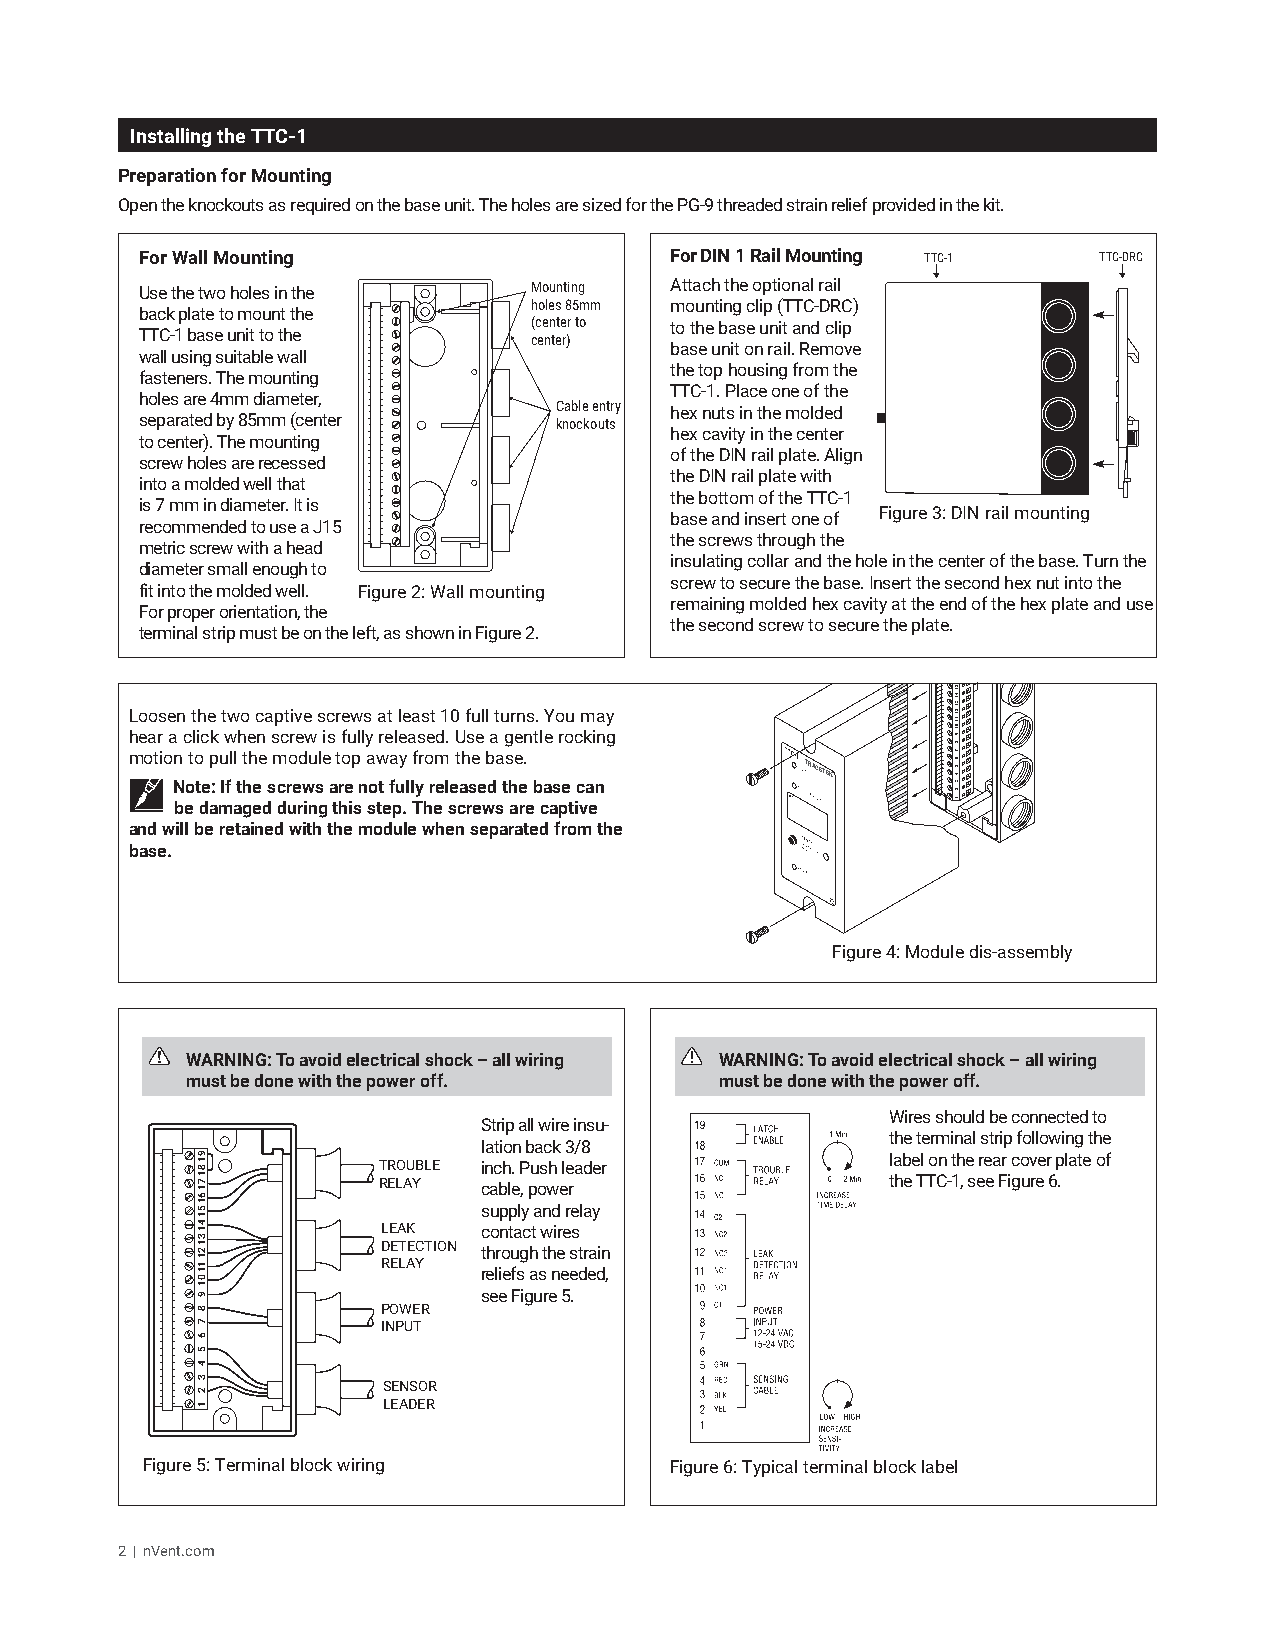
Installing the TTC-1
 Preparation for Mounting
 Open the knockouts as required on the base unit. The holes are sized for the PG-9 threaded strain relief provided in the kit.
 For Wall Mounting                  For DIN 1 Rail Mounting TTC-1 TTC-DRC
 Use the two holes in the  Mounting Attach the optional rail
 holes 85mm mounting clip (TTC-DRC)
 back plate to mount the
 (center to to the base unit and clip
 TTC-1 base unit to the    center)
 base unit on rail. Remove
 wall using suitable wall
 the top housing from the
 fasteners. The mounting
 TTC-1. Place one of the
 holes are 4mm diameter,
 Cable entry hex nuts in the molded
 separated by 85mm (center   knockouts
 hex cavity in the center
 to center). The mounting
 of the DIN rail plate. Align
 screw holes are recessed
 the DIN rail plate with
 into a molded well that
 the bottom of the TTC-1
 is 7 mm in diameter. It is
 Figure 3: DIN rail mounting
 base and insert one of
 recommended to use a J15
 the screws through the
 metric screw with a head
 insulating collar and the hole in the center of the base. Turn the
 diameter small enough to
 screw to secure the base. Insert the second hex nut into the
 fit into the molded well. Figure 2: Wall mounting
 remaining molded hex cavity at the end of the hex plate and use
 For proper orientation, the
 the second screw to secure the plate.
 terminal strip must be on the left, as shown in Figure 2.
 Loosen the two captive screws at least 10 full turns. You may
 hear a click when screw is fully released. Use a gentle rocking
 motion to pull the module top away from the base.
 TRACETEK
 Note: If the screws are not fully released the base can
 be damaged during this step. The screws are captive
 ID:
 and will be retained with the module when separated from the
 base.
 Figure 4: Module dis-assembly
 WARNING: To avoid electrical shock – all wiring WARNING: To avoid electrical shock – all wiring
 must be done with the power off.    must be done with the power off.
 Wires should be connected to
 Strip all wire insu-
 the terminal strip following the
 lation back 3/8
 label on the rear cover plate of
 TROUBLE inch. Push leader
 RELAY  cable, power               the TTC-1, see Figure 6.
 supply and relay
 LEAK   contact wires
 DETECTION through the strain
 RELAY
 reliefs as needed,
 see Figure 5.
 POWER
 INPUT
 SENSOR
 LEADER
 Figure 5: Terminal block wiring    Figure 6: Typical terminal block label
 2 | nVent.com
 918171615141312111019
 8
 7
 6
 5
 4
 3
 2
 1
 91817161514131211101987654321